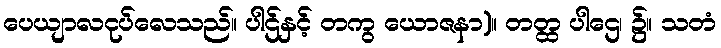
ပေယျာလငုပ်လေသည်။ ပါဌ်နှင့် တကွ ယောဇနာ)။ တတ္ထ ပါဌေ၊ ၌။ သတံ